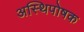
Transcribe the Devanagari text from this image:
अस्थिपोषक